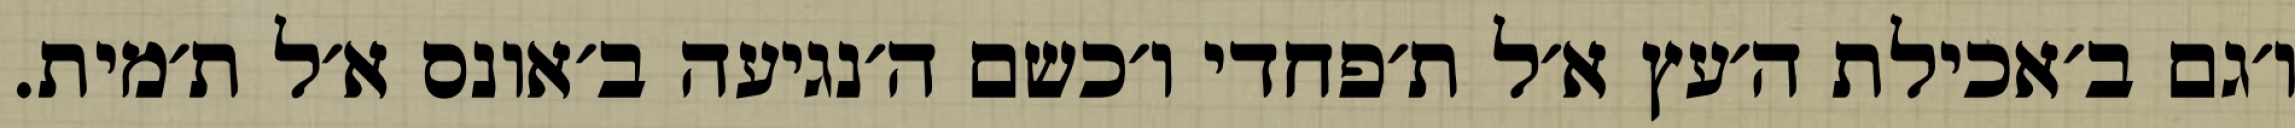
ו׳גם ב׳אכילת ה׳עץ א׳ל ת׳פחדי ו׳כשם ה׳נגיעה ב׳אונס א׳ל ת׳מית.